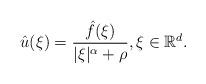
LaTeX: \begin{align*} \hat{u}( \xi)=\frac{ \hat{f}( \xi)}{| \xi|^{\alpha} +\rho}, \xi\in {\mathbb R}^d.\end{align*}